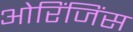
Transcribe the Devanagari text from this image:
ओरिंजिंस